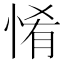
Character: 𢛘